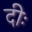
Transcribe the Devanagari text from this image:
दीः